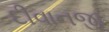
દીવાનજી